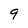
Character: 9